On the action of the venoms of the cobra (Naja tripudians) and of the daboia (Daboia russellii) on the red blood corpuscles and on the blood plasma - Number 4
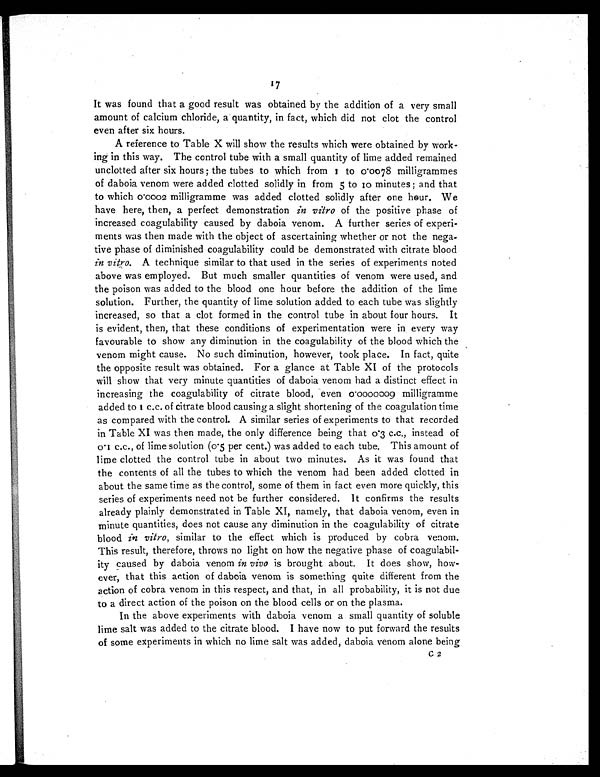
17
It was found that a good result was obtained by the addition of a very small
amount of calcium chloride, a quantity, in fact, which did not clot the control
even after six hours.
A reference to Table X will show the results which were obtained by work-
ing in this way. The control tube with a small quantity of lime added remained
unclotted after six hours ; the tubes to which from 1 to 0·0078 milligrammes
of daboia venom were added clotted solidly in from 5 to 10 minutes ; and that
to which 0·0002 milligramme was added clotted solidly after one hour. We
have here, then, a perfect demonstration in vitro of the positive phase of
increased coagulability caused by daboia venom. A further series of experi-
ments was then made with the object of ascertaining whether or not the nega-
tive phase of diminished coagulability could be demonstrated with citrate blood
in vitro. A technique similar to that used in the series of experiments noted
above was employed. But much smaller quantities of venom were used, and
the poison was added to the blood one hour before the addition of the lime
solution. Further, the quantity of lime solution added to each tube was slightly
increased, so that a clot formed in the control tube in about four hours. It
is evident, then, that these conditions of experimentation were in every way
favourable to show any diminution in the coagulability of the blood which the
venom might cause. No such diminution, however, took place. In fact, quite
the opposite result was obtained. For a glance at Table XI of the protocols
will show that very minute quantities of daboia venom had a distinct effect in
increasing the coagulability of citrate blood, even 0·0000009 milligramme
added to 1 c.c. of citrate blood causing a slight shortening of the coagulation time
as compared with the control. A similar series of experiments to that recorded
in Table XI was then made, the only difference being that 0·3 c.c., instead of
0·1 c.c., of lime solution (0·5 per cent.) was added to each tube. This amount of
lime clotted the control tube in about two minutes. As it was found that
the contents of all the tubes to which the venom had been added clotted in
about the same time as the control, some of them in fact even more quickly, this
series of experiments need not be further considered. It confirms the results
already plainly demonstrated in Table XI, namely, that daboia venom, even in
minute quantities, does not cause any diminution in the coagulability of citrate
blood in vitro, similar to the effect which is produced by cobra venom.
This result, therefore, throws no light on how the negative phase of coagulabil-
ity caused by daboia venom in vivo is brought about. It does show, how-
ever, that this action of daboia venom is something quite different from the
action of cobra venom in this respect, and that, in all probability, it is not due
to a direct action of the poison on the blood cells or on the plasma.
In the above experiments with daboia venom a small quantity of soluble
lime salt was added to the citrate blood. I have now to put forward the results
of some experiments in which no lime salt was added, daboia venom alone being
C 2
C2